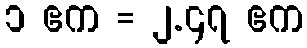
၁ ဧက = ၂.၄၇ ဧက